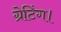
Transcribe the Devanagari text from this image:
ग्रेटिंग।